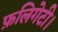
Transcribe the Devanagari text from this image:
फ़लिगेटी।